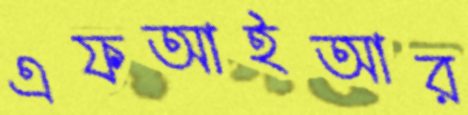
এফআইআর